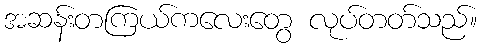
အဆန်းတကြယ်ကလေးတွေ လုပ်တတ်သည်။